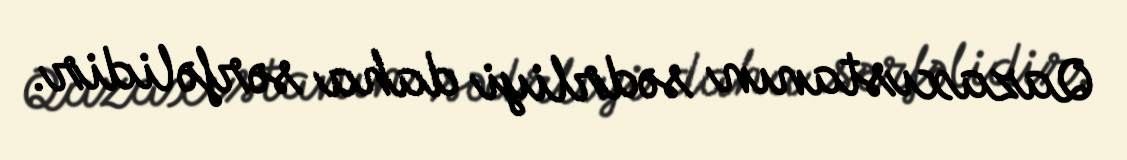
Qazaxıstanın sədrliyi daha sərfəlidir.